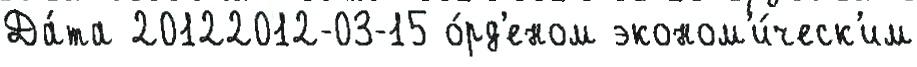
Да́та 20122012-03-15 о́рд'еном эконом'и́ческ'им